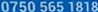
0750 565 1818